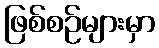
ဖြစ်စဉ်များမှာ